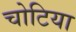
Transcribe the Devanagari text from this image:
चोटिया